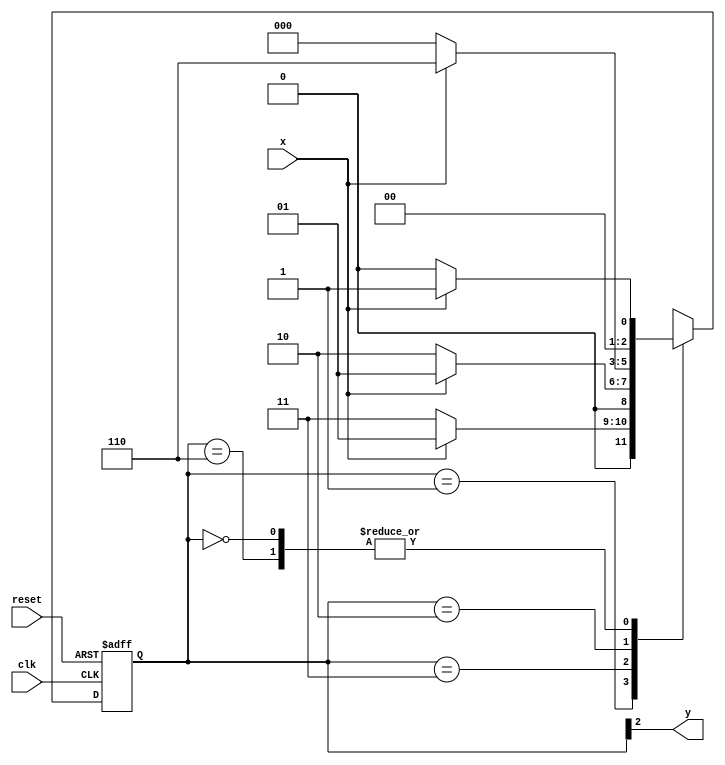
// ------------------------- 
// Moore 1001
// Nome: Oswaldo Oliveira Paulino 
// ------------------------- 

// -------------- 
// --- Moore FSM 
// -------------- 
/* 
Moore FSM Diagram 
____________________ 
/ \ 
1 1 v 0 1 1 | // found 
[start] ---> [id1] ---> [id10] ---> [id100] ---> [id1001] 
^ \0 0 | 1/ ^ 0 | 0 | 
\_/ / \__/ | | 
\_______/ / | 
\ / / 
\______________________/ / 
\ / 
\__________________________/ 
*/ 
// constant definition 
`define found 1 
`define notfound 0 
// FSM by Moore 
module moore1001 ( y, x, clk, reset ); 
output y; 
input x; 
input clk; 
input reset; 
reg y; 
parameter // state identifiers 
start = 3'b000, 
id1 = 3'b001, 
id10 = 3'b011, 
id100 = 3'b010, 
id1001 = 3'b110; // signal found 
reg [2:0] E1; // current state variables 
reg [2:0] E2; // next state logic output 
// next state logic 
always @( x or E1 ) 
begin 
case( E1 ) 
start: 
if ( x ) 
E2 = id1; 
else 
E2 = start; 
id1: 
if ( x ) 
E2 = id1; 
else 
E2 = id10; 
id10: 
if ( x ) 
E2 = id1; 
else 
E2 = id100; 
id100: 
if ( x ) 
E2 = id1001; 
else 
E2 = start; 
id1001: 
if ( x ) 
E2 = id1; 
else 
E2 = start; 
default: // undefined statee 
E2 = 3'bxxx; 
endcase 
end // always at signal or state changing 
// state variables 
always @( posedge clk or negedge reset ) 
begin 
if ( reset ) 
E1 = E2; // updates current state 
else 
E1 = 0; // reset 
end // always at signal changing 
// output logic 
always @( E1 ) 
begin 
y = E1[2]; // first bit of state value 
end // always at state changing 
endmodule // moore1101